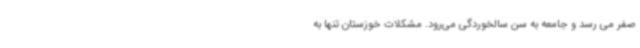
صفر می رسد و جامعه به سن سالخوردگی می‌رود. مشکلات خوزستان تنها به